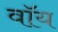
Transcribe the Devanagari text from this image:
वॉय